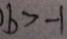
b > - 1